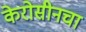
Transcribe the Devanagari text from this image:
केरोसीनचा